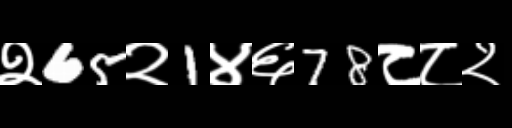
Text: २65२1४६78८८२